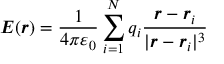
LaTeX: { \boldsymbol { E } } ( { \boldsymbol { r } } ) = { \frac { 1 } { 4 \pi \varepsilon _ { 0 } } } \sum _ { i = 1 } ^ { N } q _ { i } { \frac { { \boldsymbol { r } } - { \boldsymbol { r } } _ { i } } { | { \boldsymbol { r } } - { \boldsymbol { r } } _ { i } | ^ { 3 } } }